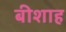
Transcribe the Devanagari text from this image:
बीशाह